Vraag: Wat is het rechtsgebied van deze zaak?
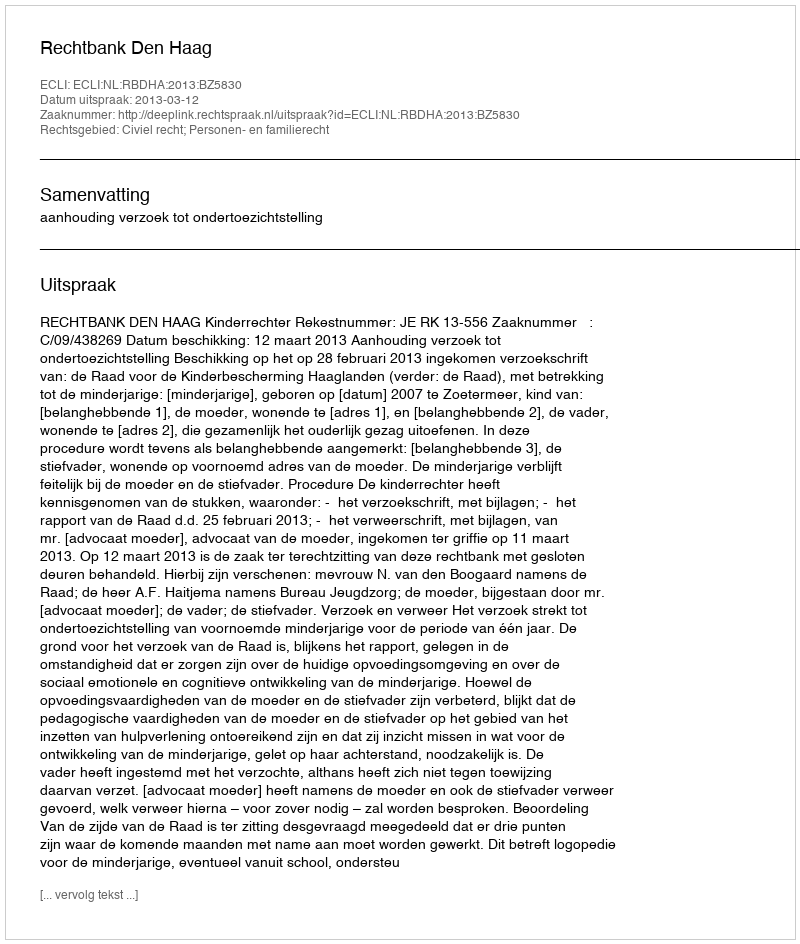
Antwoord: Civiel recht; Personen- en familierecht